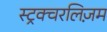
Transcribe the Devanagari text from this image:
स्ट्रक्चरलिज़म